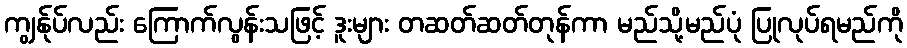
ကျွန်ုပ်လည်း ကြောက်လွန်းသဖြင့် ဒူးများ တဆတ်ဆတ်တုန်ကာ မည်သို့မည်ပုံ ပြုလုပ်ရမည်ကို